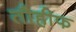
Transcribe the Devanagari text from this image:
तौहीफ